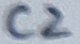
Text: C2